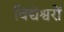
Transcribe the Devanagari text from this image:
विद्येश्वरों